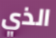
الذي